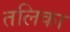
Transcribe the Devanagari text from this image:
तलिका